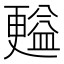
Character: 㬲